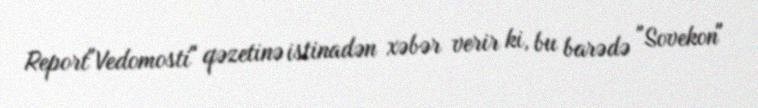
Report"Vedomosti" qəzetinə istinadən xəbər verir ki, bu barədə "Sovekon"